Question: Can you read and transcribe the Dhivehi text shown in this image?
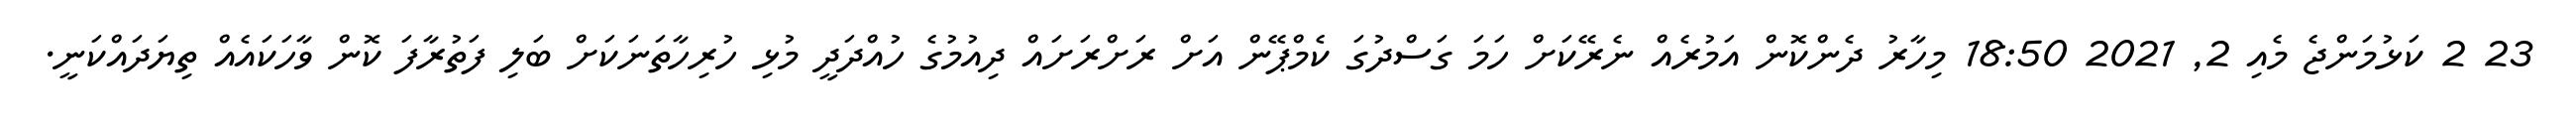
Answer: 23 2 ކަޅުމަންޖެ މެއި 2, 2021 18:50 މިހާރު ދެންކޮން އަމުރެއް ނެރޭކަށް ހަމަ ގަސްދުގަ ކެމްޕޭން އަށް ރަށްރަށައް ދިއުމުގެ ހުއްދަދީ މުޅި ހުރިހާތަނަކަށް ބަލި ފަތުރާފަ ކޮން ވާހަކައެއް ތިޔަދައްކަނީ.